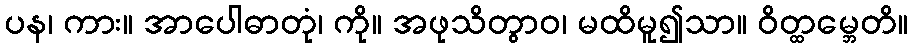
ပန၊ ကား။ အာပေါဓာတုံ၊ ကို။ အဖုသိတွာဝ၊ မထိမူ၍သာ။ ဝိတ္ထမ္ဘေတိ။